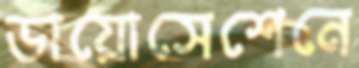
ডায়োসেশেনে